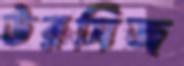
উরসিজ